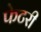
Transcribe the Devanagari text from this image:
फेटरी